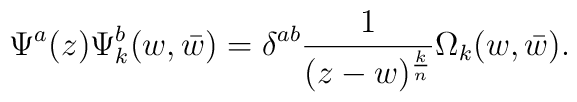
\Psi^a(z)\Psi^b_k(w,\bar w)=\delta^{ab}{1\over (z-w)^{k\over n}}\Omega_k(w,\bar w).